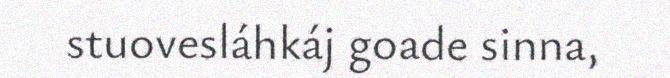
stuovesláhkáj goade sinna,